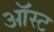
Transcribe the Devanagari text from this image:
ऑस्ट